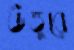
উত্তুরে